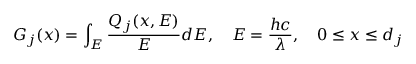
G _ { j } ( x ) = \int _ { E } \frac { Q _ { j } ( x , E ) } { E } d E , \quad E = \frac { h c } { \lambda } , \quad 0 \leq x \leq d _ { j }